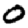
Digit: 0